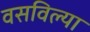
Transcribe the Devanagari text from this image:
वसविल्या